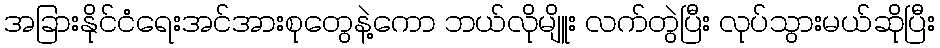
အခြားနိုင်ငံရေးအင်အားစုတွေနဲ့ကော ဘယ်လိုမျိူး လက်တွဲပြီး လုပ်သွားမယ်ဆိုပြီး